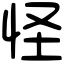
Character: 怪